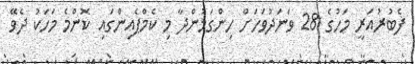
ފެބުރުއަރީ މަހުގެ 28 ވަނަދުވަހަށް ހިންގަމުންދާ މި ކެމްޕެއިންގައި ކޮންމެ މަހަކު ދެވޭ